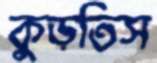
কুড়তিস